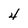
Character: 4